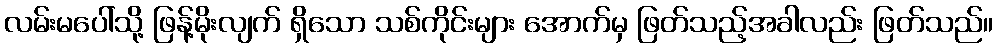
လမ်းမပေါ်သို့ ဖြန့်မိုးလျက် ရှိသော သစ်ကိုင်းများ အောက်မှ ဖြတ်သည့်အခါလည်း ဖြတ်သည်။